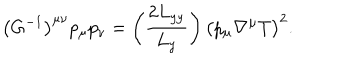
\bigl ( G ^ { - 1 } \bigr ) ^ { \mu \nu } p _ { \mu } p _ { \nu } = \left( \frac { 2 L _ { y y } } { L _ { y } } \right) \bigl ( p _ { \mu } \nabla ^ { \mu } T \bigr ) ^ { 2 } .